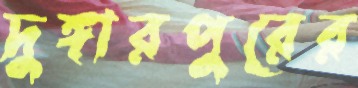
দুঙ্গারপুরের